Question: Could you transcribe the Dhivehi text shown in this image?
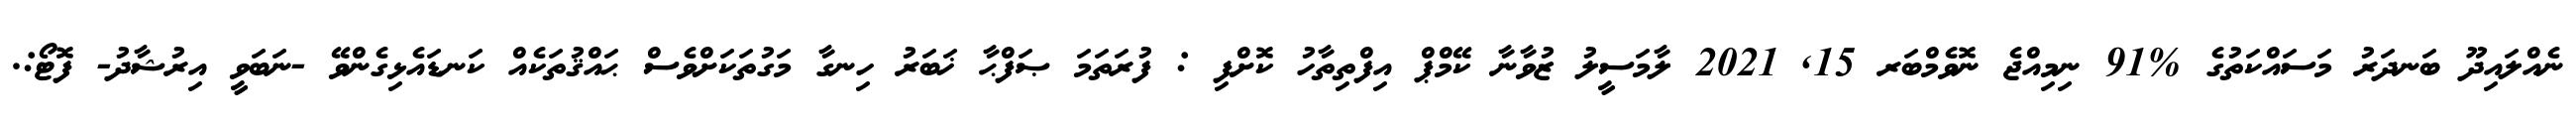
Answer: ނެއްލައިދޫ ބަނދަރު މަސައްކަތުގެ %91 ނިމިއްޖެ ނޮވެމްބަރ 15, 2021 ލާމަސީލު ޒުވާނާ ކޭމްޕް އިފްތިތާހު ކޮށްފި : ފުރަތަމަ ޞަފްޙާ ޚަބަރު ހިނގާ މަގުތަކަށްވެސް ޙައްޤުތަކެއް ކަނޑައެޅިގެންވޭ -ނަބަވީ އިރުޝާދު- ފޮޓޯ:.